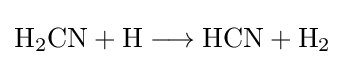
{\mathrm {H} {\vphantom {A}}_{\smash[{t}]{2}}\mathrm {CN} {}+{}\mathrm {H} {}\mathrel {\longrightarrow } {}\mathrm {HCN} {}+{}\mathrm {H} {\vphantom {A}}_{\smash[{t}]{2}}}